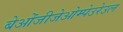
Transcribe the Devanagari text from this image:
बेओंजीजेओम्पेउरेउल